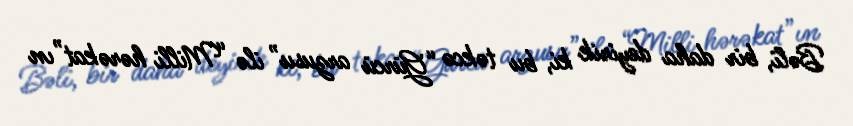
Bəli, bir daha deyirik ki, bu təkcə “Gürcü arzusu” ilə “Milli hərəkat”ın